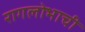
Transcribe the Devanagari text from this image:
रागलोभाची